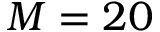
M = 2 0